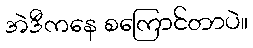
အဲဒီကနေ စကြောင်တာပဲ။